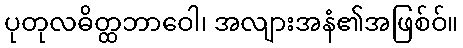
ပုတုလဓိတ္ထဘာဝေါ၊ အလျားအနံ၏အဖြစ်ဝ်။